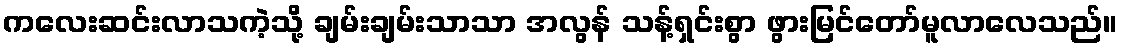
ကလေးဆင်းလာသကဲ့သို့ ချမ်းချမ်းသာသာ အလွန် သန့်ရှင်းစွာ ဖွားမြင်တော်မူလာလေသည်။